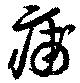
痡